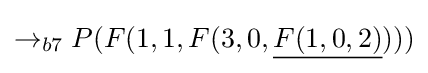
\rightarrow _{b7}P(F(1,1,F(3,0,{\underline {F(1,0,2)}})))